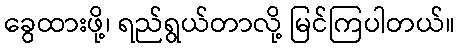
ခွေထားဖို့၊ ရည်ရွယ်တာလို့ မြင်ကြပါတယ်။